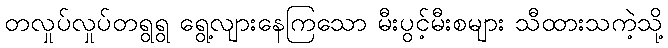
တလှုပ်လှုပ်တရွရွ ရွေ့လျားနေကြသော မီးပွင့်မီးစများ သီထားသကဲ့သို့